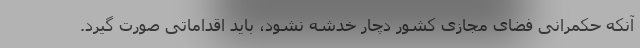
آنکه حکمرانی فضای مجازی کشور دچار خدشه نشود، باید اقداماتی صورت گیرد.